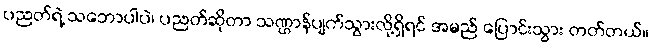
ပညတ်ရဲ့ သဘောပါပဲ၊ ပညတ်ဆိုတာ သဏ္ဌာန်ပျက်သွားလို့ရှိရင် အမည် ပြောင်းသွား တတ်တယ်။